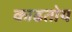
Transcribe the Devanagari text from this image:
काढतोय